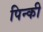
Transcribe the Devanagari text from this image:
पिन्की